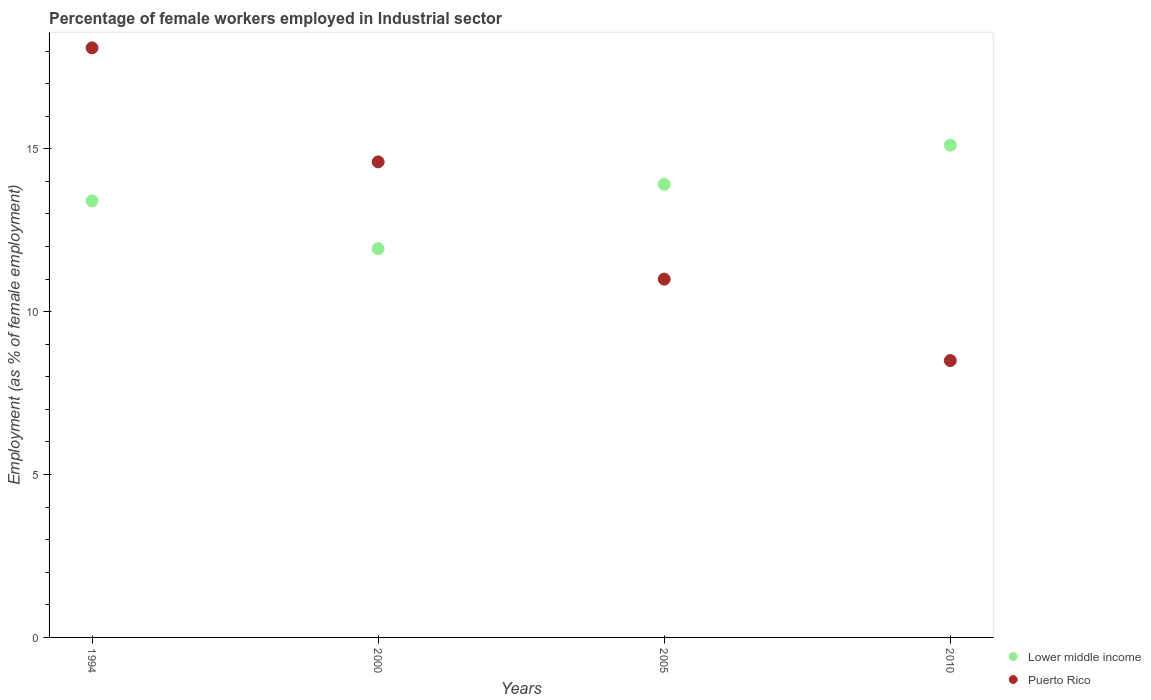
| Years | Lower middle income | Puerto Rico |
 | --- | --- | --- |
 | 1994 | 13.4 | 18.1 |
 | 2000 | 11.9 | 14.6 |
 | 2005 | 13.9 | 11 |
 | 2010 | 15.1 | 8.5 |